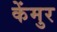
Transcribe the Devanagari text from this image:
केंमुर